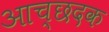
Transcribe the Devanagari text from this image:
आच्छदक